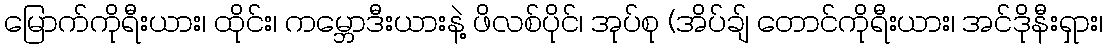
မြောက်ကိုရီးယား၊ ထိုင်း၊ ကမ္ဘောဒီးယားနဲ့ ဖိလစ်ပိုင်၊ အုပ်စု (အိပ်ချ် တောင်ကိုရီးယား၊ အင်ဒိုနီးရှား၊